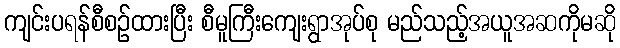
ကျင်းပရန်စီစဉ်ထားပြီး စီမူကြီးကျေးရွာအုပ်စု မည်သည့်အယူအဆကိုမဆို